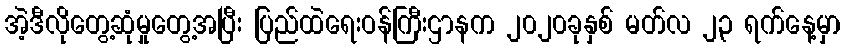
အဲ့ဒီလိုတွေ့ဆုံမှုတွေ့အပြီး ပြည်ထဲရေးဝန်ကြီးဌာနက ၂၀၂၀ခုနှစ် မတ်လ ၂၃ ရက်နေ့မှာ